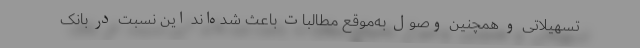
تسهیلاتی و همچنین وصول به‌موقع مطالبات باعث شده‌اند این نسبت در بانک